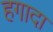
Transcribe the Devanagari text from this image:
हगादा